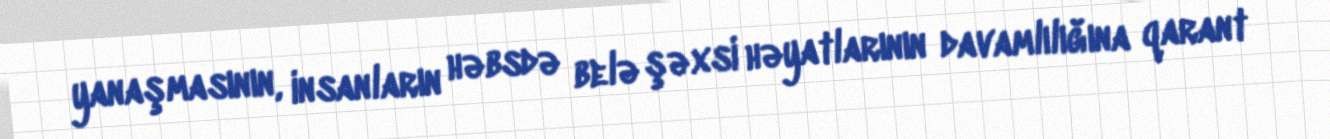
yanaşmasının, insanların həbsdə belə şəxsi həyatlarının davamlılığına qarant